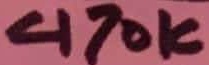
Text: 470K